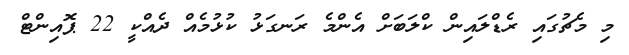
މި މެޗުގައި ރެޑްލައިން ކްލަބަށް އެންމެ ރަނގަޅު ކުޅުމެއް ދެއްކީ 22 ޕޮއިންޓް